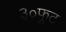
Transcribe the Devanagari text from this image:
३०फुट